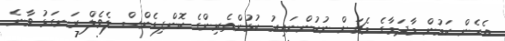
އެހެން ކަމުން މާދަމާގެ މެޗަށް ނުކުންނައިރު ކުޅުންތެރިންގެ ކޮންފިޑެންސް ލެވެލް ރަނގަޅު ވާނެ